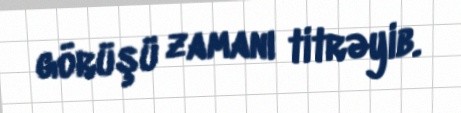
görüşü zamanı titrəyib.